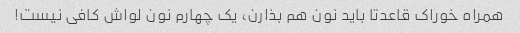
همراه خوراک قاعدتا باید نون هم بذارن، یک چهارم نون لواش کافی نیست!